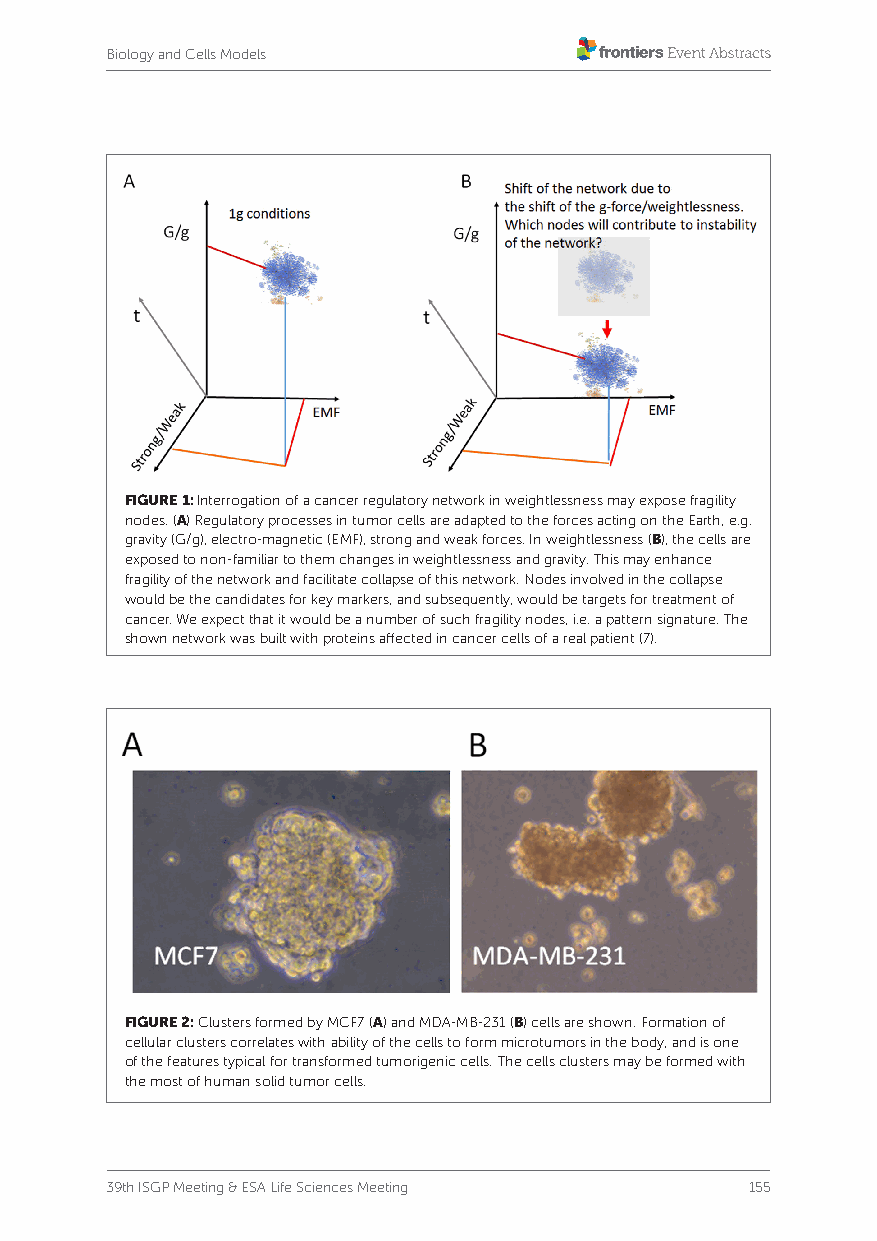
Biology and Cells Models
 FIGURE 1: Interrogation of a cancer regulatory network in weightlessness may expose fragility
 nodes. (A) Regulatory processes in tumor cells are adapted to the forces acting on the Earth, e.g.
 gravity (G/g), electro-magnetic (EMF), strong and weak forces. In weightlessness (B), the cells are
 exposed to non-familiar to them changes in weightlessness and gravity. This may enhance
 fragility of the network and facilitate collapse of this network. Nodes involved in the collapse
 would be the candidates for key markers, and subsequently, would be targets for treatment of
 cancer. We expect that it would be a number of such fragility nodes, i.e. a pattern signature. The
 shown network was built with proteins affected in cancer cells of a real patient (7).
 FIGURE 2: Clusters formed by MCF7 (A) and MDA-MB-231 (B) cells are shown. Formation of
 cellular clusters correlates with ability of the cells to form microtumors in the body, and is one
 of the features typical for transformed tumorigenic cells. The cells clusters may be formed with
 the most of human solid tumor cells.
 39th ISGP Meeting & ESA Life Sciences Meeting 155